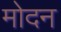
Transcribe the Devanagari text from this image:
मोदन